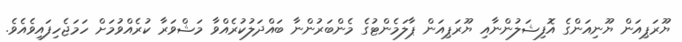
ޔޫރަޕިއަން ޔޫނިއަންގެ އޮފިޝަލުންނާއި ޔޫރަޕިއަން ޕާލަމެންޓުގެ މެންބަރުންނާ ބައްދަލުކުރެއްވާ މަޝްވަރާ ކުރެއްވުމަށް ހަމަޖެހިފައިވެއެވެ.